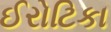
ઈરોટિકા